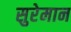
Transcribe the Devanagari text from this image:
सुरेमान